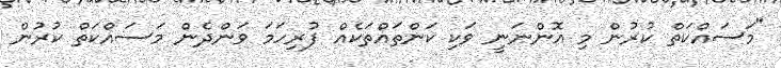
"މަސައްކަތް ކުރުން މި އޮންނަނީ ވަކި ކަންތައްތަކެއް ފުރިހަމަ ވަންދެން މަސައްކަތް ކުރުން